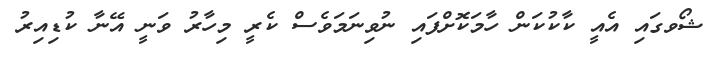
ޝޯވގައި އެއީ ކާކުކަން ހާމަކޮށްފައި ނުވިނަމަވެސް ކެރީ މިހާރު ވަނީ އޭނާ ކުޑިއިރު